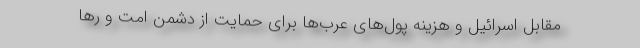
مقابل اسرائیل و هزینه پول‌های عرب‌ها برای حمایت از دشمن امت و رها